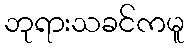
ဘုရားသခင်ကမူ